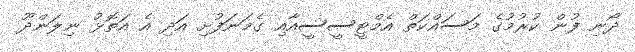
ދޯނި ފުން ކުރުމުގެ މަސައްކަތް އެމްޓީސީސީއާއި ގެމަނަފުށި އަދި އެ އަތޮޅު ނިލަންދޫ